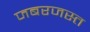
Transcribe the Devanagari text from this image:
जबरजस्त